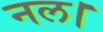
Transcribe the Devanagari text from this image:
नल।